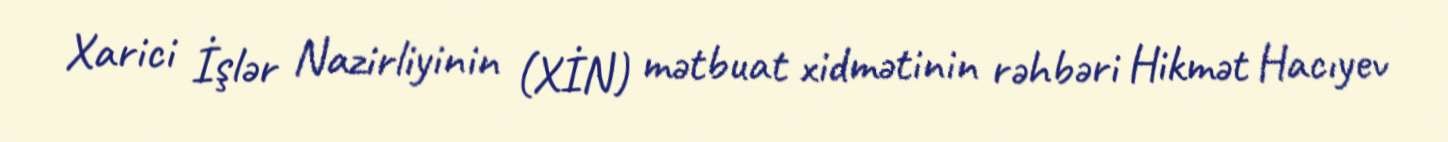
Xarici İşlər Nazirliyinin (XİN) mətbuat xidmətinin rəhbəri Hikmət Hacıyev